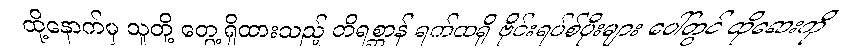
ထို့နောက်မှ သူတို့ တွေ့ရှိထားသည့် တိရစ္ဆာန် ရက်ထရို ဗိုင်းရပ်စ်ပိုးများ ပေါ်တွင် ထိုဆေးကို